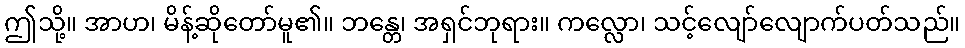
ဤသို့။ အာဟ၊ မိန့်ဆိုတော်မူ၏။ ဘန္တေ၊ အရှင်ဘုရား။ ကလ္လော၊ သင့်လျော်လျောက်ပတ်သည်။